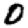
Digit: 0